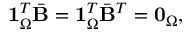
\begin{array} { r } { \mathbf { 1 } _ { \Omega } ^ { T } \bar { \mathbf { B } } = \mathbf { 1 } _ { \Omega } ^ { T } \bar { \mathbf { B } } ^ { T } = \mathbf { 0 } _ { \Omega } , } \end{array}